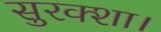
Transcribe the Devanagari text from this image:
सुरक्शा।